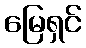
မြေရှင်